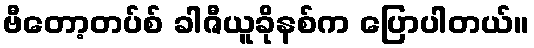
ဗီတော့တပ်စ် ခါဇီယူခိုနစ်က ပြောပါတယ်။